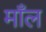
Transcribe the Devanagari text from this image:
माँल